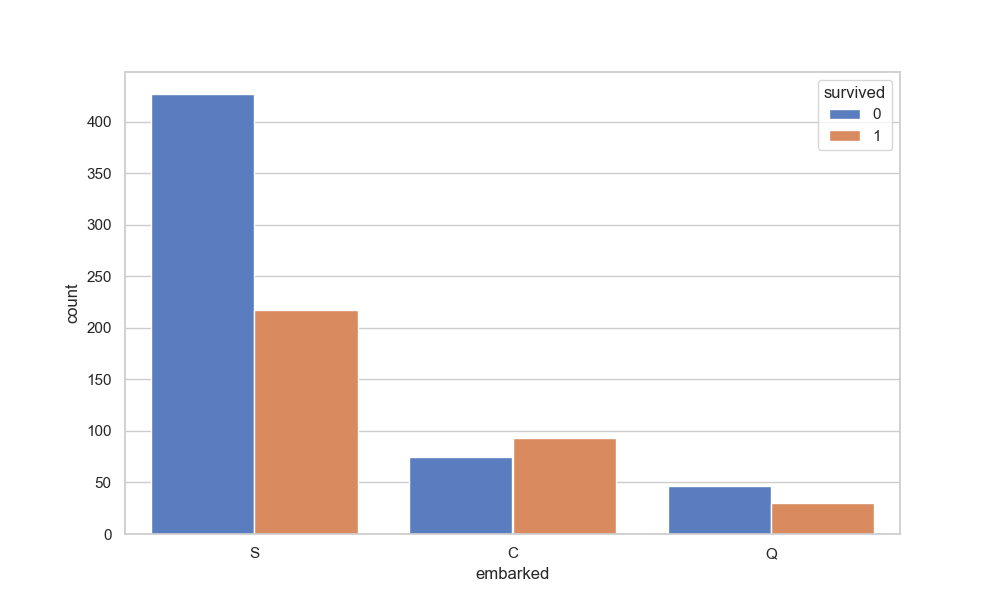
python, seaborn, countplot, x='embarked', palette='muted', hue='survived'